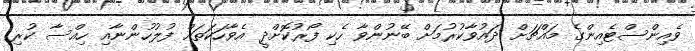
ވެއިންސްޓެއިންގެ މައްޗަށް ދައުވާކުރުމަށް ބޭނުންވާ ހެކި ފޯރުކޮށްދީ އެވާހަކަތައް ފުލުހުންނާއި ހިއްސާ ކުރި